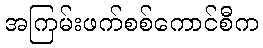
အကြမ်းဖက်စစ်ကောင်စီက